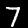
Digit: 7